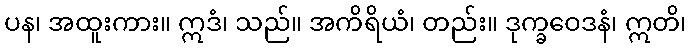
ပန၊ အထူးကား။ ဣဒံ၊ သည်။ အကိရိယံ၊ တည်း။ ဒုက္ခဝေဒနံ၊ ဣတိ၊